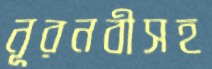
নূরনবীসহ